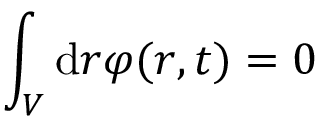
\int _ { V } \mathrm { d } \boldsymbol { r } \varphi ( \boldsymbol { r } , t ) = 0